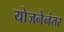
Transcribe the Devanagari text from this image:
योजनेनंतर